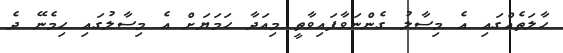
ހާލަތެއްގައި އެ މިސާލު ގެންނަވާފައިވާތީ މިއަދާ ހަމަޔަށް އެ މިސާލުގައި ހިމެނޭ ދެ